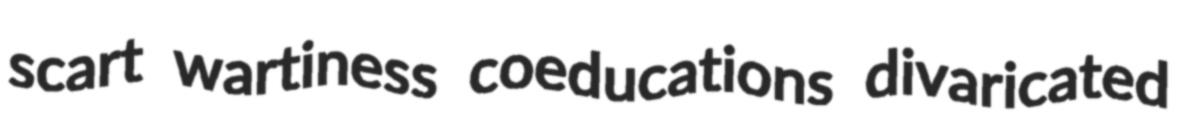
scart wartiness coeducations divaricated